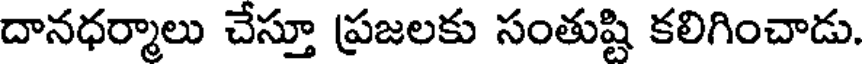
దానధర్మాలు చేస్తూ ప్రజలకు సంతుష్టి కలిగించాడు.